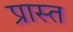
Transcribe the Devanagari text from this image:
प्रास्त